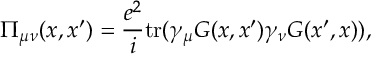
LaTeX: \Pi _ { \mu \nu } ( x , x ^ { \prime } ) = \frac { e ^ { 2 } } { i } \mathrm { t r } ( \gamma _ { \mu } G ( x , x ^ { \prime } ) \gamma _ { \nu } G ( x ^ { \prime } , x ) ) ,